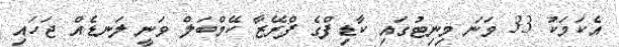
އެކަމަކު 33 ވަނަ މިނިޓުގައި ކާޑިފްގެ ފްރޭޒާ ކޭމްބަލް ވަނީ ލަނޑެއް ޖަހައި